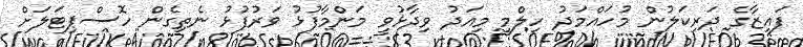
ފައިޒާގެ ދަރިކަލުން މުހައްމަދު ހިލްމީ މިއަދު ވިދާޅުވީ މަންމާފުޅު ވަރުފުޅު ނެތިގެން ހޮސްޕިޓަލަށް